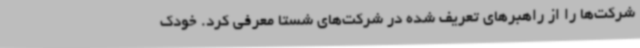
شرکت‌ها را از راهبرهای تعریف شده در شرکت‌های شستا معرفی کرد. خودک